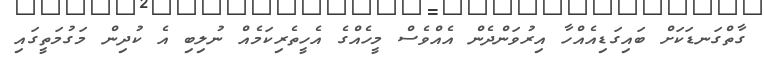
ގާތްގަނޑަކަށް ބައިގަޑިއެއްހާ އިރުވަންދެން އެއްވެސް މީހެއްގެ އެހީތެރިކަމެއް ނުލިބި އެ ކުދިން މަގުމަތީގައި